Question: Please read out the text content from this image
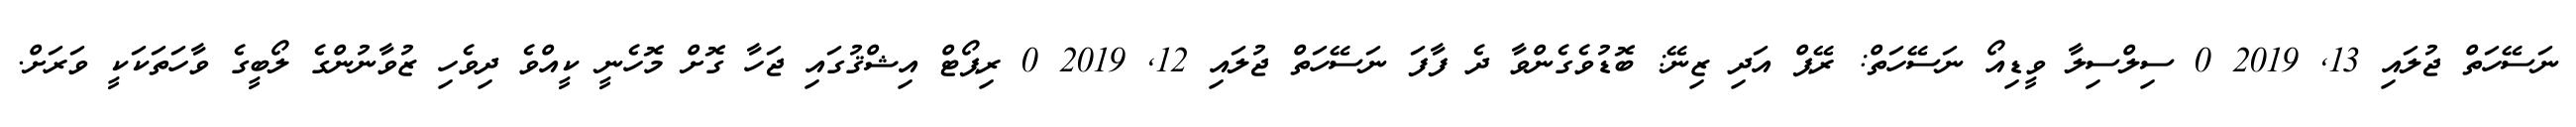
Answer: ނަސޭހަތް ޖުލައި 13, 2019 0 ސިލްސިލާ ވީޑިއޯ ނަސޭހަތް: ރޭޕް އަދި ޒިނޭ: ބޮޑުވެގެންވާ ދެ ފާފަ ނަސޭހަތް ޖުލައި 12, 2019 0 ރިޕޯޓް އިޝްޤުގައި ޖަހާ ގޮށް މޮހެނީ ކީއްވެ ދިވެހި ޒުވާނުންގެ ލޯބީގެ ވާހަތަކަކީ ވަރަށް.